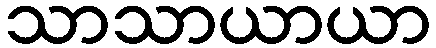
သာသာယာယာ